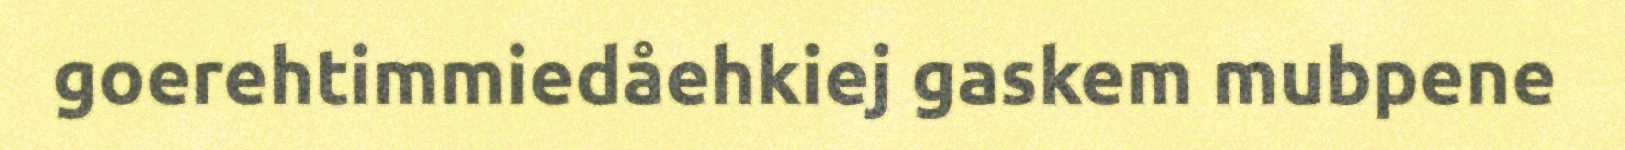
goerehtimmiedåehkiej gaskem mubpene